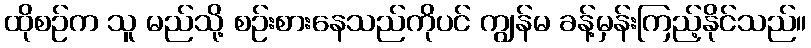
ထိုစဉ်က သူ မည်သို့ စဉ်းစားနေသည်ကိုပင် ကျွန်မ ခန့်မှန်းကြည့်နိုင်သည်။